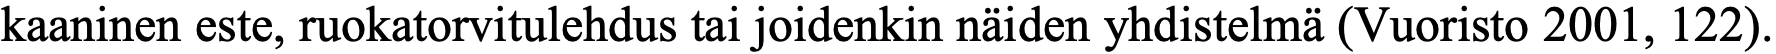
kaaninen este, ruokatorvitulehdus tai joidenkin näiden yhdistelmä (Vuoristo 2001, 122).